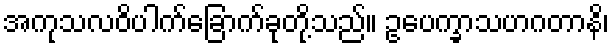
အကုသလဝိပါက်ခြောက်ခုတို့သည်။ ဥပေက္ခာသဟဂတာနိ၊